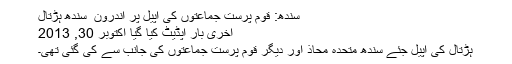
سندھ: قوم پرست جماعتوں کی اپیل پر اندرون ِ سندھ ہڑتال
آخری بار اپڈیٹ کیا گیا اکتوبر 30, 2013
ہڑتال کی اپیل جئے سندھ متحدہ محاذ اور دیگر قوم پرست جماعتوں کی جانب سے کی گئی تھی۔